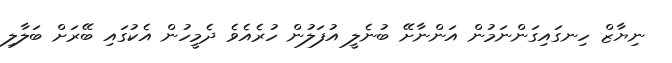
ނިޔާޒް ހިނގައިގަންނަމުން އަންނާށޭ ބުނެލީ އުފަލުން ހުރެއެވެ ދެމީހުން އެކުގައި ބޭރަށް ބަލާލި